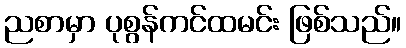
ညစာမှာ ပုစွန်ကင်ထမင်း ဖြစ်သည်။